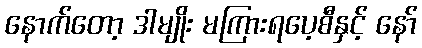
နောက်တော့ ဒါမျိုး မကြားရပေ့စီနှင့် နော်